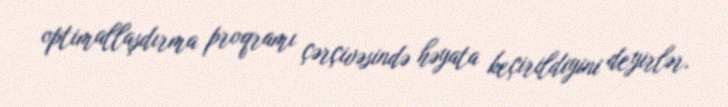
optimallaşdırma proqramı çərçivəsində həyata keçirildiyini deyirlər.